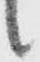
候